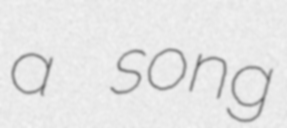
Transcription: a song